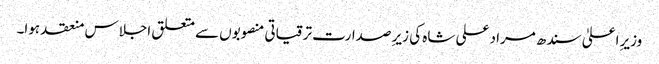
وزیرِ اعلیٰ سندھ مراد علی شاہ کی زیرِ صدارت ترقیاتی منصوبوں سے متعلق اجلاس منعقد ہوا۔